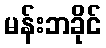
မန်းဘခိုင်